Calcutta medical institutions reports 1879-81 [i.e.91]
Year: 1879
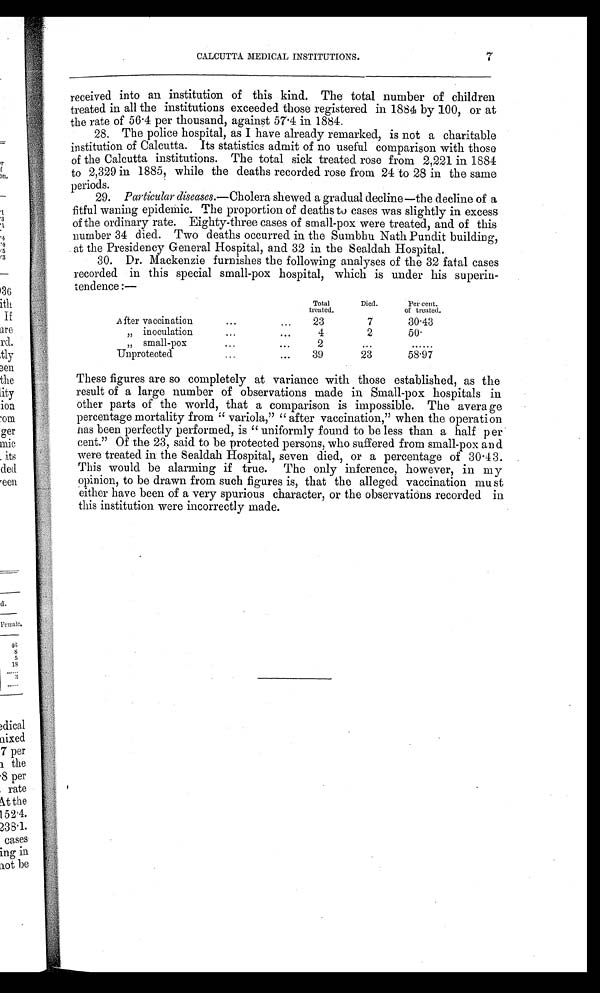
7
CALCUTTA MEDICAL INSTITUTIONS.
received into an institution of this kind. The total number of children
treated in all the institutions exceeded those registered in 1884 by 100, or at
the rate of 56.4 per thousand, against 57.4 in 1884.
28. The police hospital, as I have already remarked, is not a charitable
institution of Calcutta. Its statistics admit of no useful comparison with those
of the Calcutta institutions. The total sick treated rose from 2,221 in 1884
to 2,329 in 1885, while the deaths recorded rose from 24 to 28 in the same
periods.
29. Particular diseases. —Cholera shewed a gradual decline—the decline of a
fitful waning epidemic. The proportion of deaths to cases was slightly in excess
of the ordinary rate. Eighty-three cases of small-pox were treated, and of this
number 34 died. Two deaths occurred in the Sumbhu Nath Pundit building,
at the Presidency General Hospital, and 32 in the Sealdah Hospital.
30. Dr. Mackenzie furnishes the following analyses of the 32 fatal cases
recorded in this special small-pox hospital, which is under his superin
¬ t e n d e n c e : —
Total
treated.
Died.
Per cent.
of treated.
After vaccination
...
23
7
30.43
„ inoculation
...
...
4
2
50.
„ small-pox
...
...
2
...
......
Unprotected
...
. . .
39
23
58.97
These figures are so completely at variance with those established, as the
result of a large number of observations made in Small-pox hospitals in
other parts of the world, that a comparison is impossible. The average
percentage mortality from "variola," "after vaccination," when the operation
has been perfectly performed, is "uniformly found to be less than a half per
cent." Of the 23, said to be protected persons, who suffered from small-pox and
were treated in the Sealdah Hospital, seven died, or a percentage of 30.43.
This would be alarming if true. The only inference, however, in my
opinion, to be drawn from such figures is, that the alleged vaccination must
either have been of a very spurious character, or the observations recorded in
this institution were incorrectly made.